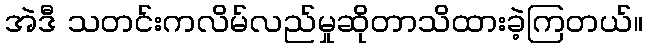
အဲဒီ သတင်းကလိမ်လည်မှုဆိုတာသိထားခဲ့ကြတယ်။